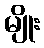
မျိုး